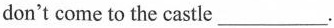
don't come to the castle___.